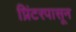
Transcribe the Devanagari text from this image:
प्रिंटरपासून